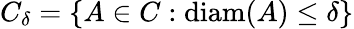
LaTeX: C_{\delta}=\{ A\in C:\operatorname{diam}(A)\leq\delta\}